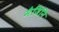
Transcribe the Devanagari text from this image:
मैजिनि